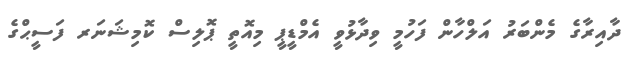
ދާއިރާގެ މެންބަރު އަލްހާން ފަހުމީ ވިދާޅުވީ އެމްޑީޕީ މިއޮތީ ޕޮލިސް ކޮމިޝަނަރ ފަސީޙްގެ